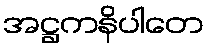
အဋ္ဌကနိပါတေ